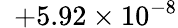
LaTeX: \phantom{0}{+5.92}\times 10^{-8}